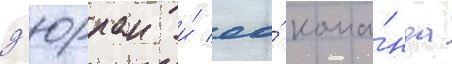
д'юрран и́ ео́ кома́нда